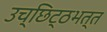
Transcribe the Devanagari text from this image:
उच्छिट्ठभत्त